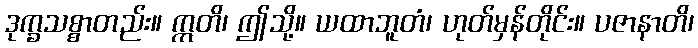
ဒုက္ခသစ္စာတည်း။ ဣတိ၊ ဤသို့။ ယထာဘူတံ၊ ဟုတ်မှန်တိုင်း။ ပဇာနာတိ၊